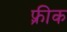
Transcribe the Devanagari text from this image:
फ़्रीक